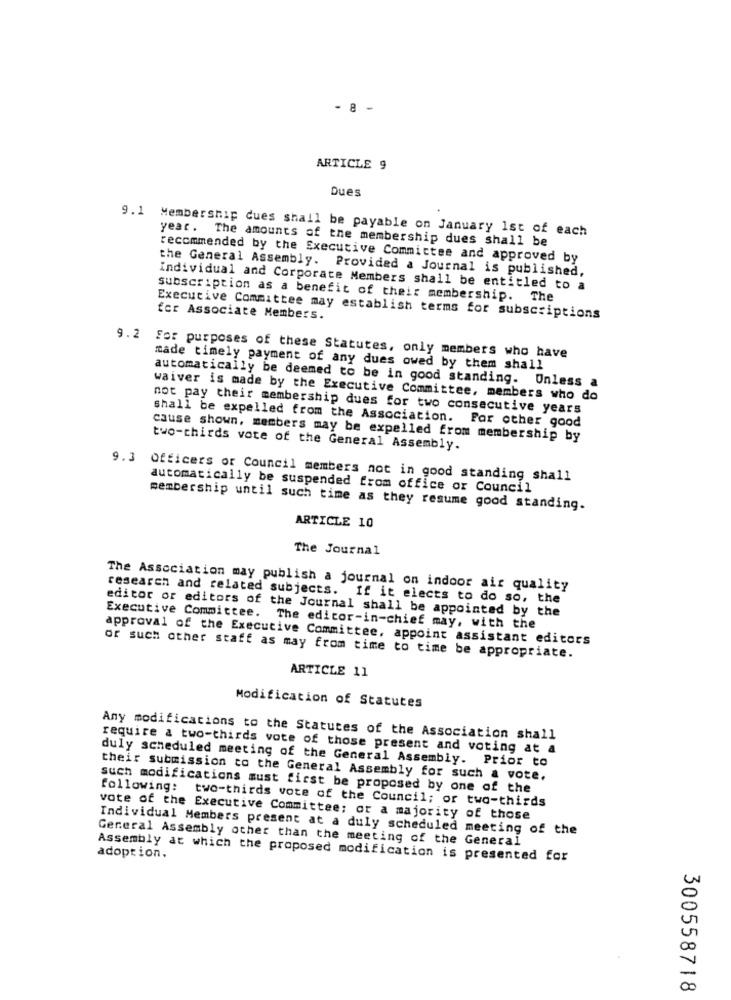
- 8 -
ARTICLE 9
Dues
9.1 Membership dues shall be payable on January 1st of each
year .
The amounts of the membership dues shall be
recommended by the Executive Committee and approved by
the General Assembly. Provided a Journal is published,
Individual and Corporate Members shall be entitled to a
subscription as a benefit of their membership. The
Executive Committee may establish terms for subscriptions
for Associate Members.
9.2
For purposes of these Statutes, only members who have
made timely payment of any dues owed by them shall
automatically be deemed to be in good standing. Unless a
waiver is made by the Executive Committee, members who do
not pay their membership dues for two consecutive years
shall be expelled from the Association. For other good
cause shown, members may be expelled from membership by
two-thirds vote of the General Assembly.
9.3
Officers or Council members not in good standing shall
automatically be suspended from office or Council
membership until such time as they resume good standing.
ARTICLE 10
The Journal
The Association may publish a journal on indoor air quality
research and related subjects. If it elects to do so, the
editor or editors of the Journal shall be appointed by the
Executive Committee. The editor-in-chief may, with the
approval of the Executive Committee, appoint assistant editors
or such other staff as may from time to time be appropriate.
ARTICLE 11
Modification of Statutes
Any modifications to the Statutes of the Association shall
require a two-thirds vote of those present and voting at a
duly scheduled meeting of the General Assembly. Prior to
their submission to the General Assembly for such a vote.
such modifications must first be proposed by one of the
following: two-thirds vote of the Council; or two-thirds
vote of the Executive Committee; or a majority of those
Individual Members present at a duly scheduled meeting of the
General Assembly other than the meeting of the General
adoption.
Assembly at which the proposed modification is presented for
300558718